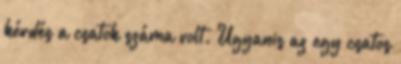
kérdés a csatok száma volt. Ugyanis az egy csatos